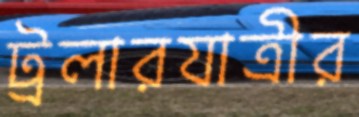
ট্রলারযাত্রীর